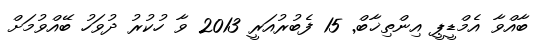
ބާއްވާ އެމްޑީޕީ އިންތިޚާބް